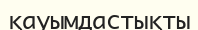
қауымдастықты